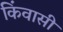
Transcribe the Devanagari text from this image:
किंवासी